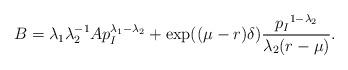
LaTeX: \begin{align*}B=\lambda_1\lambda_2^{-1}Ap_I^{\lambda_1-\lambda_2}+\exp((\mu-r) \delta)\frac{{p_I}^{1-\lambda_2}}{\lambda_2(r-\mu)}.\end{align*}